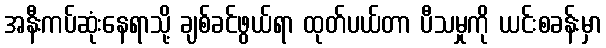
အနီးကပ်ဆုံးနေရာသို့ ချစ်ခင်ဖွယ်ရာ ထုတ်ပယ်တာ ပီသမှုကို ယင်းစခန်းမှာ